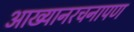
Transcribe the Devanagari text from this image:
आख्यानरचनापण